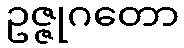
ဥဇ္ဇုဂတော